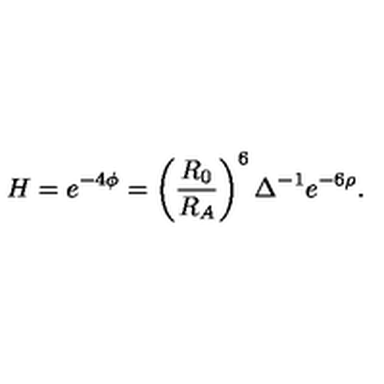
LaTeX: H = e ^ { - 4 \phi } = \left( \frac { R _ { 0 } } { R _ { A } } \right) ^ { 6 } \Delta ^ { - 1 } e ^ { - 6 \rho } .